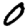
Digit: 0